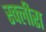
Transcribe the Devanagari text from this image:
स्क्लीरा